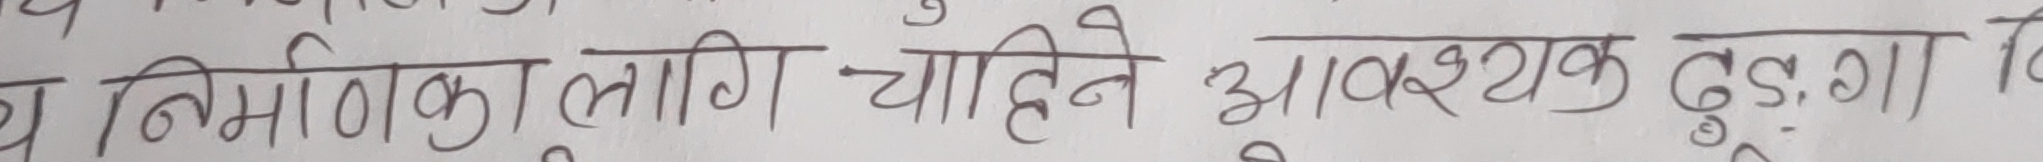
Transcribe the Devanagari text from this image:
य बिमाक लागि चाहिंने आवश्यक ढुंगा त